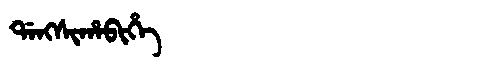
Manchu: ᡩᠠᠩᠰᡳᡥᠠᠪᡳᡥᡝ
Romanization: DANGSIHABIHE